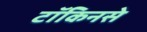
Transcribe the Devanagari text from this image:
टॉकिनसे